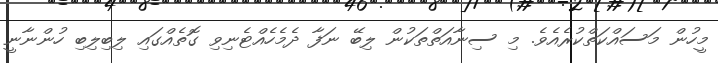
މީހުން މަސައްކަތްކުރެއެވެ. މި ސިނާއަތްތަކުން ލިބޭ ނަފާ ދެމެހެއްޓެނިވި ގޮތެއްގައި ލިބިލިބި ހުންނާނީ